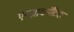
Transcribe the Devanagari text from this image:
एन्झायमॅटिक